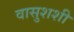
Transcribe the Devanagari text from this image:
वासुशशी